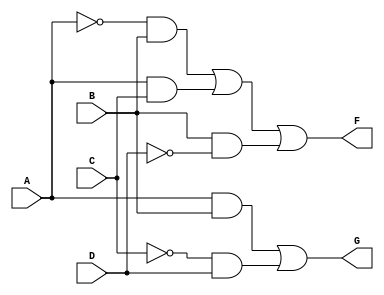
module comb_logic_block (
    input wire A, // Input variable A
    input wire B, // Input variable B
    input wire C, // Input variable C
    input wire D, // Input variable D
    output wire F, // Output variable F
    output wire G  // Output variable G
);

// Simplified Boolean expressions derived from K-map
// Assume F = A'B + AC + BD' (example expression for F)
// Assume G = AB + C'D (example expression for G)

// Intermediate signals
wire A_not, B_not, C_not, D_not;
wire term1, term2, term3, term4, term5;

// NOT gates
not (A_not, A);
not (B_not, B);
not (C_not, C);
not (D_not, D);

// AND gates for F
and (term1, A_not, B); // A'B
and (term2, A, C);     // AC
and (term3, B, D_not); // BD'

// OR gate for F
or (F, term1, term2, term3); // F = A'B + AC + BD'

// AND gates for G
and (term4, A, B);     // AB
and (term5, C_not, D); // C'D

// OR gate for G
or (G, term4, term5); // G = AB + C'D

endmodule